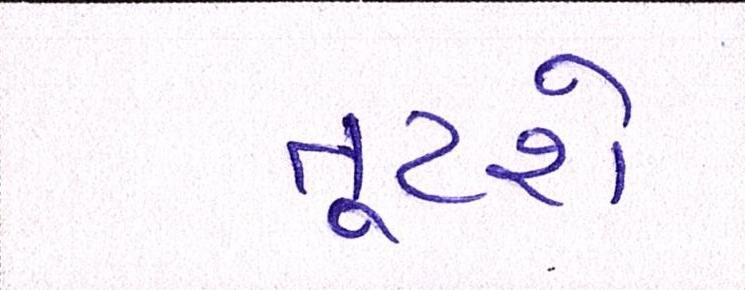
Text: તૂટશે